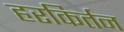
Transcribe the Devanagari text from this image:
हरकिर्तन